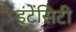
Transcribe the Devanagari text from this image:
इंटेंसिटी